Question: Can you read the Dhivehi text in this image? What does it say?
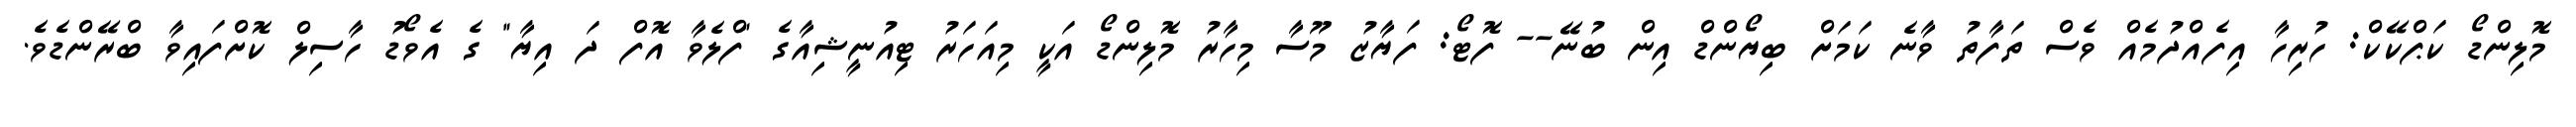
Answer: މޮލިންޑޯ ކަޕްކޭކް: ހުރިހާ އިފެއްދުމެއް ވެސް ތަފާތު ވާނެ ކަމަށް ބިޔޯންޑް އިން ބުނޭ-- ފޮޓޯ: ފަޔާޒު މޫސާ މިހާރު މޮލިންޑޯ އަކީ މިއަހަރު ޓިއުނީޝިއާގެ "ފްލެވާ އޮފް ދަ އިޔާ" ގެ އެވޯޑު ހާސިލް ކޮށްފައިވާ ބްރޭންޑެވެ.